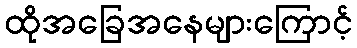
ထိုအခြေအနေများကြောင့်